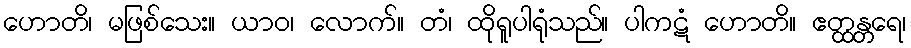
ဟောတိ၊ မဖြစ်သေး။ ယာဝ၊ လောက်။ တံ၊ ထိုရူပါရုံသည်။ ပါကဋံ ဟောတိ။ ဧတ္ထန္တရေ၊